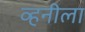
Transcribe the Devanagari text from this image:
व्हनीला